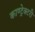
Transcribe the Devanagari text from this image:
काण्ट्रेक्टरी